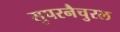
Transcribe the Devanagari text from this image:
सुपरनैचुरल